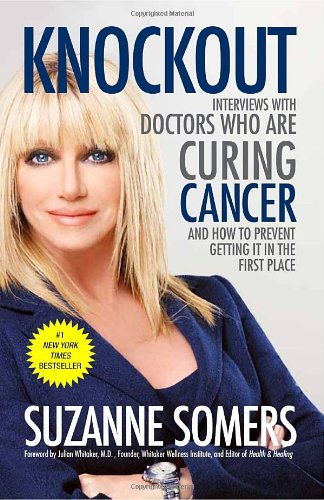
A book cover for Knockout: Interviews with Doctors Who Are Curing Cancer--And How to Prevent Getting It in the First Place; Suzanne Somers; Health, Fitness & Dieting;